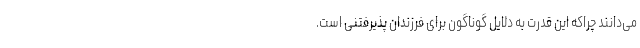
می‌دانند چراکه این قدرت به دلایل گوناگون برای فرزندان پذیرفتنی است.